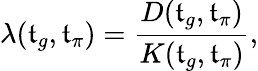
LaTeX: \lambda(\mathfrak{t}_{g},\mathfrak{t}_{\pi})=\frac{{D(\mathfrak{t}_{g},\mathfrak{t}_{\pi})}}{{K(\mathfrak{t}_{g},\mathfrak{t}_{\pi})}},